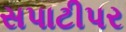
સપાટીપર